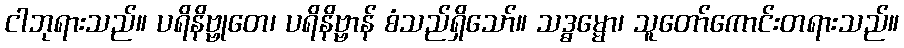
ငါဘုရားသည်။ ပရိနိဗ္ဗုတေ၊ ပရိနိဗ္ဗာန် စံသည်ရှိသော်။ သဒ္ဓမ္မော၊ သူတော်ကောင်းတရားသည်။